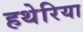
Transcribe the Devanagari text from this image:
हथेरिया